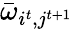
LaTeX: \bar{\omega}_{i^{t},j^{t+1}}